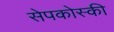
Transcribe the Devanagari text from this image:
सेपकोस्की